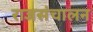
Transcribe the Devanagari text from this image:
राजसंचालन